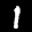
Label: 1